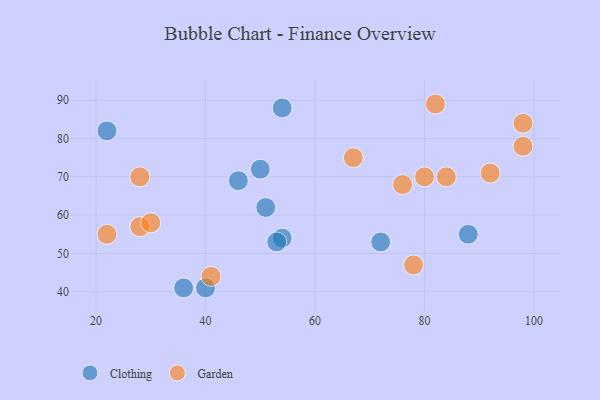
{"axis": {"x": "GDP", "y": "Life Expectancy"}, "legend": ["Clothing", "Garden"], "data": [{"x": "22", "y": 82, "type": "Clothing"}, {"x": "54", "y": 54, "type": "Clothing"}, {"x": "36", "y": 41, "type": "Clothing"}, {"x": "88", "y": 55, "type": "Clothing"}, {"x": "72", "y": 53, "type": "Clothing"}, {"x": "51", "y": 62, "type": "Clothing"}, {"x": "54", "y": 88, "type": "Clothing"}, {"x": "50", "y": 72, "type": "Clothing"}, {"x": "40", "y": 41, "type": "Clothing"}, {"x": "46", "y": 69, "type": "Clothing"}, {"x": "53", "y": 53, "type": "Clothing"}, {"x": "28", "y": 57, "type": "Garden"}, {"x": "98", "y": 78, "type": "Garden"}, {"x": "30", "y": 58, "type": "Garden"}, {"x": "92", "y": 71, "type": "Garden"}, {"x": "78", "y": 47, "type": "Garden"}, {"x": "82", "y": 89, "type": "Garden"}, {"x": "98", "y": 84, "type": "Garden"}, {"x": "67", "y": 75, "type": "Garden"}, {"x": "80", "y": 70, "type": "Garden"}, {"x": "28", "y": 70, "type": "Garden"}, {"x": "76", "y": 68, "type": "Garden"}, {"x": "22", "y": 55, "type": "Garden"}, {"x": "41", "y": 44, "type": "Garden"}, {"x": "84", "y": 70, "type": "Garden"}]}